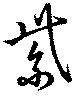
紫